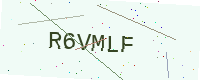
Text: R6VMLF